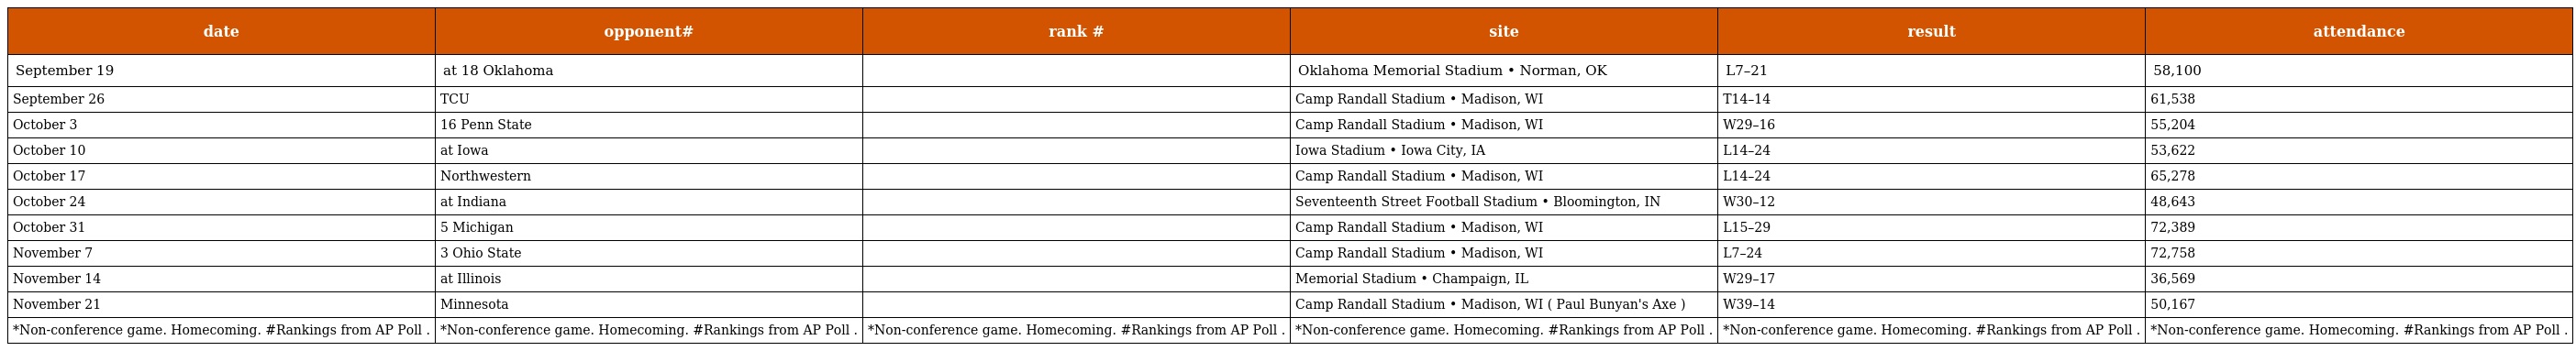
| date | opponent# | rank # | site | result | attendance |
 | --- | --- | --- | --- | --- | --- |
 | September 19 | at 18 Oklahoma |  | Oklahoma Memorial Stadium • Norman, OK | L7–21 | 58,100 |
 | September 26 | TCU |  | Camp Randall Stadium • Madison, WI | T14–14 | 61,538 |
 | October 3 | 16 Penn State |  | Camp Randall Stadium • Madison, WI | W29–16 | 55,204 |
 | October 10 | at Iowa |  | Iowa Stadium • Iowa City, IA | L14–24 | 53,622 |
 | October 17 | Northwestern |  | Camp Randall Stadium • Madison, WI | L14–24 | 65,278 |
 | October 24 | at Indiana |  | Seventeenth Street Football Stadium • Bloomington, IN | W30–12 | 48,643 |
 | October 31 | 5 Michigan |  | Camp Randall Stadium • Madison, WI | L15–29 | 72,389 |
 | November 7 | 3 Ohio State |  | Camp Randall Stadium • Madison, WI | L7–24 | 72,758 |
 | November 14 | at Illinois |  | Memorial Stadium • Champaign, IL | W29–17 | 36,569 |
 | November 21 | Minnesota |  | Camp Randall Stadium • Madison, WI ( Paul Bunyan's Axe ) | W39–14 | 50,167 |
 | *Non-conference game. Homecoming. #Rankings from AP Poll . | *Non-conference game. Homecoming. #Rankings from AP Poll . | *Non-conference game. Homecoming. #Rankings from AP Poll . | *Non-conference game. Homecoming. #Rankings from AP Poll . | *Non-conference game. Homecoming. #Rankings from AP Poll . | *Non-conference game. Homecoming. #Rankings from AP Poll . |